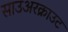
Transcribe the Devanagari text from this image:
साउअरक्राउट